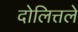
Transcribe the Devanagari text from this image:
दोलित्तले